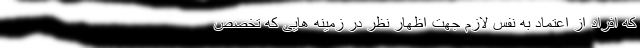
که افراد از اعتماد به نفس لازم جهت اظهار نظر در زمینه هایی که تخصص